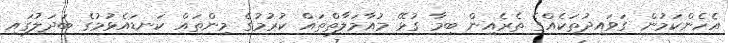
އެހެންކަމުން ގަވައިދުތަކެއްގެ ތެރެއިން ބިމާ ގުޅޭ މުއާމަލާތްތައް ކުރުމުގެ މިންތައް ކަނޑައެޅުމުގެ ބަދަލުގައި